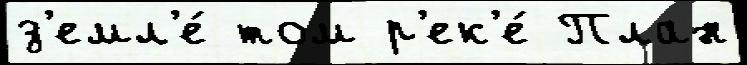
з'емл'е́ том р'ек'е́ План